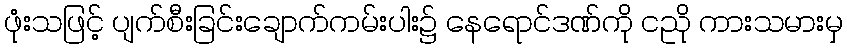
ဖုံးသဖြင့် ပျက်စီးခြင်းချောက်ကမ်းပါး၌ နေရောင်ဒဏ်ကို ငညို ကားသမားမှ